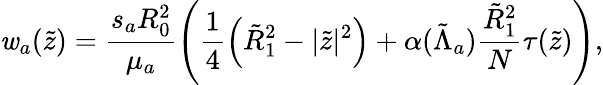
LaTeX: \mathit{w}_{a}(\tilde{{z}})=\frac{{s_{a}R_{0}^{2}}}{{\mu_{a}}}\left(\frac{{1}}{{4}}\left(\tilde{{R}}_{1}^{2}-|\tilde{{z}}|^{2}\right)+\alpha(\tilde{{\Lambda}}_{a})\frac{{\tilde{{R}}_{1}^{2}}}{{N}}\tau(\tilde{{z}})\right),